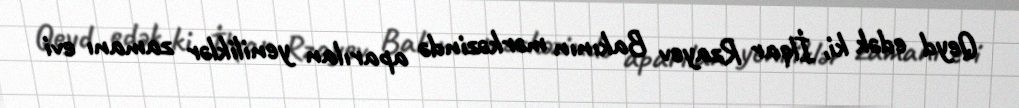
Qeyd edək ki, İlqar Rzayev Bakının mərkəzində aparılan yeniliklər zamanı evi